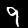
Label: 9